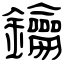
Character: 鑰